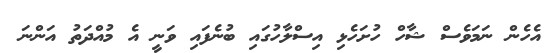
އެހެން ނަމަވެސް ޝާހް ހުށަހެޅި އިސްލާހުގައި ބުނެފައި ވަނީ އެ މުއްދަތު އަންނަ